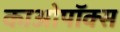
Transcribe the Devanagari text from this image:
काओपॉक्स